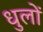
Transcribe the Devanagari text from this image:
धुलों